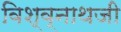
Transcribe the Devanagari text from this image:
विश्व्नाथजी